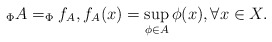
\begin{align*}_\Phi A = _\Phi f_A, f_A (x) = \sup_{\phi\in A} \phi(x),\forall x\in X.\end{align*}